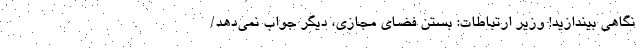
نگاهی بیندازید! وزیر ارتباطات: بستن فضای مجازی، دیگر جواب نمی‌دهد/